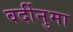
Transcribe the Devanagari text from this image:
वर्दीनुमा